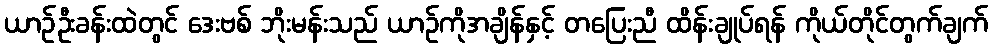
ယာဉ်ဦးခန်းထဲတွင် ဒေးဗစ် ဘိုးမန်းသည် ယာဉ်ကိုအချိန်နှင့် တပြေးညီ ထိန်းချုပ်ရန် ကိုယ်တိုင်တွက်ချက်